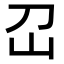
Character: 𡴻